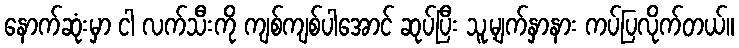
နောက်ဆုံးမှာ ငါ လက်သီးကို ကျစ်ကျစ်ပါအောင် ဆုပ်ပြီး သူ့မျက်နှာနား ကပ်ပြလိုက်တယ်။